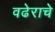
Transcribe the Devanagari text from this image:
वढेराचे